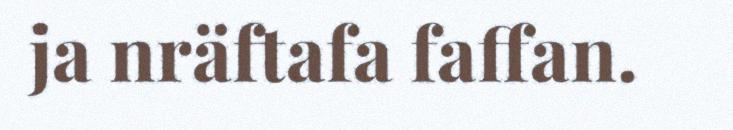
ja nräftafa faffan.